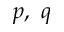
p , \ q